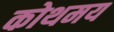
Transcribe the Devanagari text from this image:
कोथमय